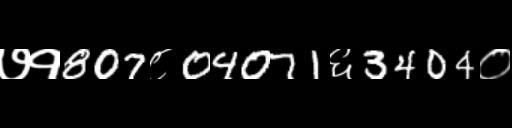
Text: ७१807८04071६3404०